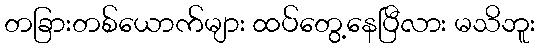
တခြားတစ်ယောက်များ ထပ်တွေ့နေပြီလား မသိဘူး